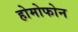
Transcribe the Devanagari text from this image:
होमोफोन